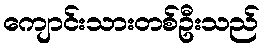
ကျောင်းသားတစ်ဦးသည်